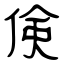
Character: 倹